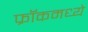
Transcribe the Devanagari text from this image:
फ्रॉकमध्ये